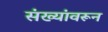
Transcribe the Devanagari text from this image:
संख्यांवरून